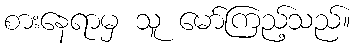
စားနေရာမှ သူ မော်ကြည့်သည်။